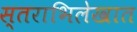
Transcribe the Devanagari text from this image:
स्तराभिलेखात